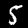
Digit: 5